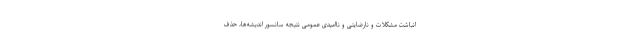
انباشت مشکلات و نارضایتی و ناامیدی عمومی نتیجه سانسور اندیشه‌ها، حذف